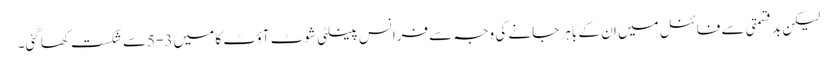
لیکن بدقسمتی سے فائنل میں ان کے باہر جانے کی وجہ سے فرانس پینلٹی شوٹ آؤٹ کا میں 3-5سے شکست کھاگئی۔